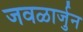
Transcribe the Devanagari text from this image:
जवळार्जुन